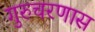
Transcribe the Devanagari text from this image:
गुरुचरणास